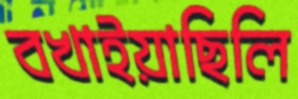
বখাইয়াছিলি